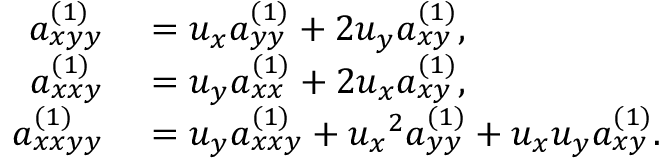
\begin{array} { r l } { a _ { x y y } ^ { ( 1 ) } } & { { } = u _ { x } a _ { y y } ^ { ( 1 ) } + 2 u _ { y } a _ { x y } ^ { ( 1 ) } , } \\ { a _ { x x y } ^ { ( 1 ) } } & { { } = u _ { y } a _ { x x } ^ { ( 1 ) } + 2 u _ { x } a _ { x y } ^ { ( 1 ) } , } \\ { a _ { x x y y } ^ { ( 1 ) } } & { { } = u _ { y } a _ { x x y } ^ { ( 1 ) } + { u _ { x } } ^ { 2 } a _ { y y } ^ { ( 1 ) } + u _ { x } u _ { y } a _ { x y } ^ { ( 1 ) } . } \end{array}